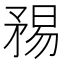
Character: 𥍴